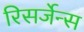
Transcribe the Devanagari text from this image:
रिसर्जेन्स